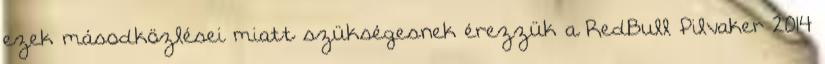
ezek másodközlései miatt szükségesnek érezzük a RedBull Pilvaker 2014